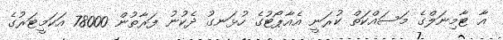
އާ ޓާމިނަލްގެ މަސައްކަތް ކުރަނީ އެއާޕޯޓުގެ ހުޅަނގު ދެކުނު ފަރާތުން 78000 އަކަމީޓަރުގެ